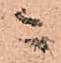
ニ